Veterinary regulations India, 1925 -
Year: 1925
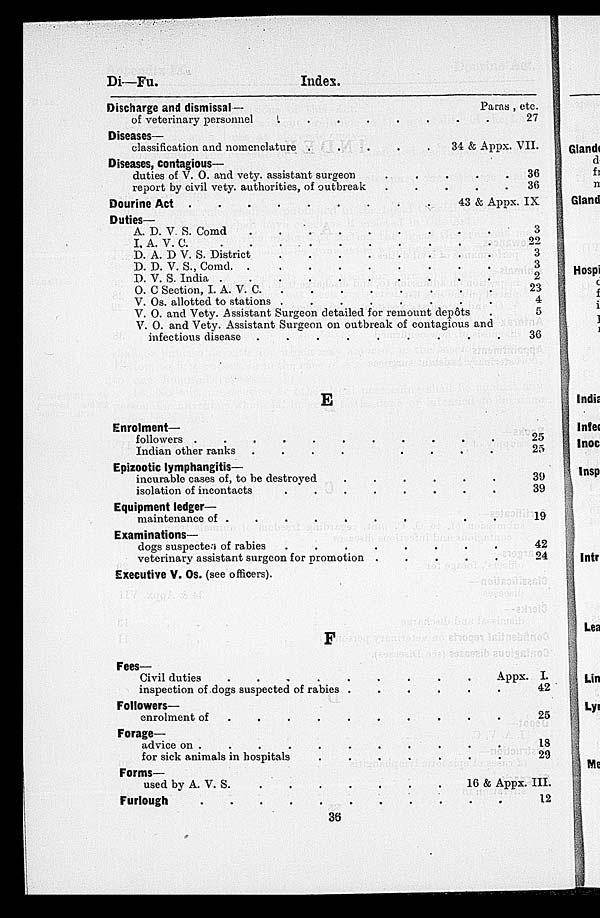
Di—Fu.
Index.
Discharge and dismissal—
of veterinary personnel
.
.
.
.
.
.
.
.
Diseases—
classification and nomenclature . . . . . . . .
Diseases, contagious—
duties of V. O. and vety. assistant surgeon . . . . . . . .
report by civil vety. authorities, of outbreak . . . . . . . .
Dourine Act
.
.
.
.
.
.
.
.
Duties—
A. D. V. S. Comd
.
.
.
.
.
.
.
.
I. A. V.
C.
.
.
.
.
.
.
.
.
D. A. D V. S. District
.
.
.
.
.
.
.
.
D. D. V. S., Comd
.
.
.
.
.
.
.
.
D. V. S. India
.
.
.
.
.
.
.
.
O. C Section, I. A. V. C. . . . . . . . .
V. Os. allotted to stations . . . . . . . .
V. O. and Vety. Assistant Surgeon detailed for remount
depôts
.
Paras, etc.
27
34 & Appx. VII.
36
36
43 & Appx. IX
3
22
3
3
2
23
4
5
V. O. and Vety. Assistant Surgeon on outbreak of contagious and
infectious disease .
.
.
.
.
.
.
36
E
Enrolment—
followers . . . . . . . .
Indian other ranks
.
.
.
.
.
.
.
.
Epizootic lymphangitis—
incurable cases of, to be destroyed . . . . . . . .
isolation of incontacts
.
.
.
.
.
.
.
.
Equipment ledger—
maintenance of . . . . . . . .
Examinations—
dogs suspectes of rabies
.
.
.
.
.
.
.
.
veterinary assistant surgeon for promotion . . . . . . . .
Executive V. Os. (see officers) . . . . . . . ..
F
Fees—
Civil duties
.
.
.
.
.
.
.
.
inspection of dogs suspected of rabies . . . . . . . .
Followers—
enrolment of . . . . . . . .
Forage—
advice on . . . . . . . .
for sick animals in hospitals . . . . . . . .
Forms—
used by A. V. S. . . . . .
Furlough . . . . . . . .
25
25
39
39
19
42
24
Appx. I.
42
25
18
29
16 & Appx. III.
12
36